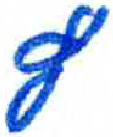
אות: ץ